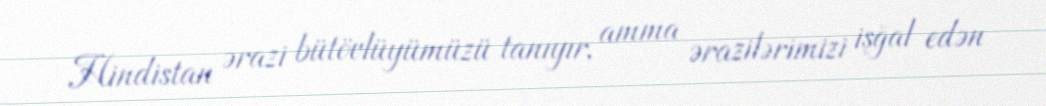
Hindistan ərazi bütövlüyümüzü tanıyır, amma ərazilərimizi işğal edən